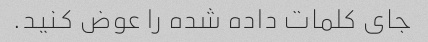
جای کلمات داده شده را عوض کنید.